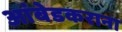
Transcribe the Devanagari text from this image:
आंबेडकराना